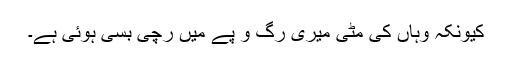
کیونکہ وہاں کی مٹی میری رگ و پے میں رچی بسی ہُوئی ہے۔